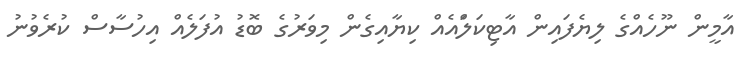
އާމީން ނޫހެއްގެ ލިޔެފައިން އާޓިކަލްަައެއް ކިޔާއިގެން މިވަރުގެ ބޮޑު އުފަލެއް އިހުސާސް ކުރެވުނު